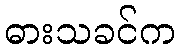
ဓားသခင်က